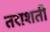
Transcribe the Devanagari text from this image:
तराशती